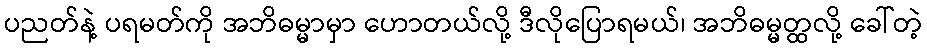
ပညတ်နဲ့ ပရမတ်ကို အဘိဓမ္မာမှာ ဟောတယ်လို့ ဒီလိုပြောရမယ်၊ အဘိဓမ္မတ္ထလို့ ခေါ်တဲ့